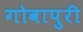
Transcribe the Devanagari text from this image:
गोवापुरी